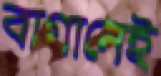
বাগানেই